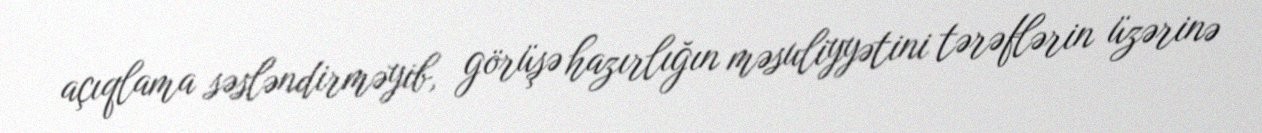
açıqlama səsləndirməyib, görüşə hazırlığın məsuliyyətini tərəflərin üzərinə